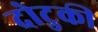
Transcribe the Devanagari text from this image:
दोटुकी